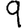
Digit: 9